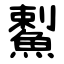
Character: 䱫